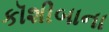
કૉશીબાના